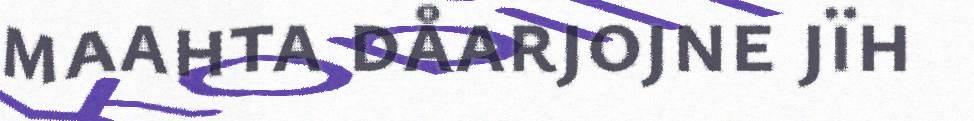
maahta dåarjojne jïh